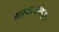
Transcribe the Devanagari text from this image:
मळेवाल्यांकडून